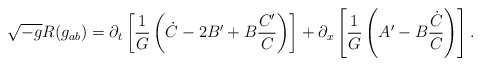
\begin{align*}\sqrt{-g}R(g_{ab}) =\partial_t\left[\frac{1}{G}\left (\dot C-2B^\prime +B\frac{C^\prime}{C}\right )\right ]+\partial_x\left[\frac{1}{{G}}\left (A^\prime -B\frac{\dot C}{C}\right )\right ].\end{align*}